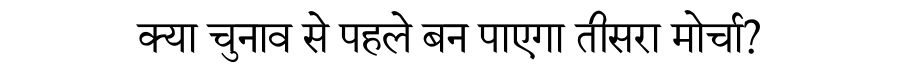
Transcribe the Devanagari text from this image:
क्या चुनाव से पहले बन पाएगा तीसरा मोर्चा?